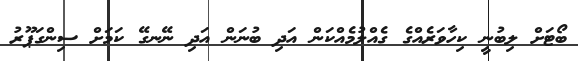
ބޯޓަށް ލިބުނީ ކިހާވަރެއްގެ ގެއްލުމެއްކަން އަދި ބުނަން އަދި ނޭނގޭ ކަމަށް ސިންގަޕޫރު